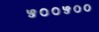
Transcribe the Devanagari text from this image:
५००५००